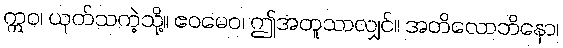
ဣဝ၊ ယုတ်သကဲ့သို့။ ဧဝမေဝ၊ ဤအတူသာလျှင်။ အတိလောဘိနော၊